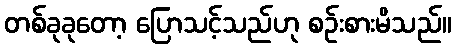
တစ်ခုခုတော့ ပြောသင့်သည်ဟု စဉ်းစားမိသည်။